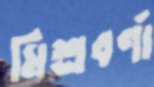
মিশ্রবর্ণা